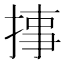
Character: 𱠉